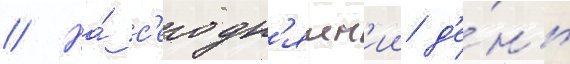
// На́ с'егодн'яшн'ии д'е́нь